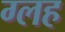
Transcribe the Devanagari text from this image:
ग्लह